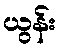
ယွန်း